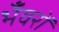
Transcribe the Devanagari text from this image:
भँवरों